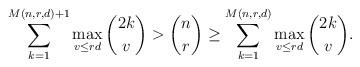
LaTeX: \begin{align*} \sum_{k=1}^{M(n,r,d)+1} \max_{v \leq rd} \binom{2k}{v} > {n \choose r} &\geq \sum_{k=1}^{M(n,r,d)} \max_{v \leq rd} \binom{2k}{v} . \end{align*}